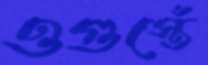
ওগুস্তেঁ